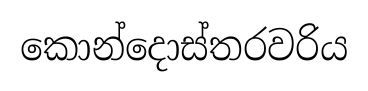
කොන්දොස්තරවරිය